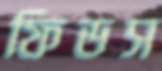
ফিডস